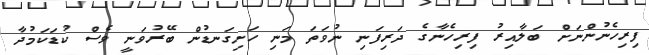
ފިރިހެނުންނަށް ބަލާއިރު ފިރިހެނާގެ ދަރިފަނި ނުވަތަ މަނި ހަށިގަނޑުން ބޭރުވަނީ ވެސް ކުޑަކަމުދާ